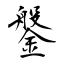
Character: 鎜